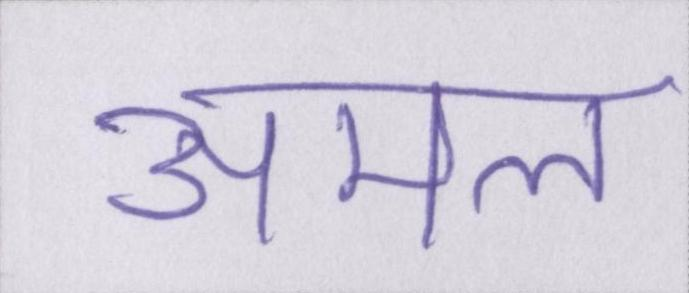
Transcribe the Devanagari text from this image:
अमल